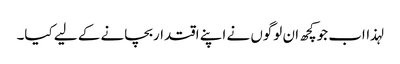
لہذااب جوکچھ ان لوگوں نے اپنے اقتداربچانے کے لیے کیا۔